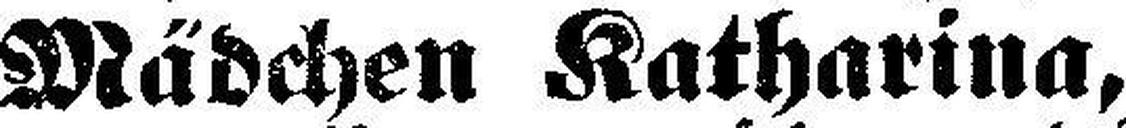
Mädchen Katharina,